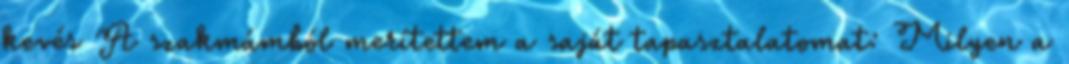
kevés A szakmámból merítettem a saját tapasztalatomat: Milyen a